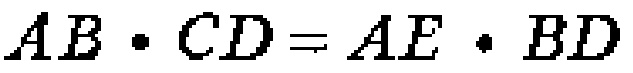
\(AB\cdot CD = AE\cdot BD\)